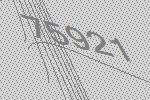
75921